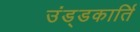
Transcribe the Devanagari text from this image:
उंड्डकार्ति